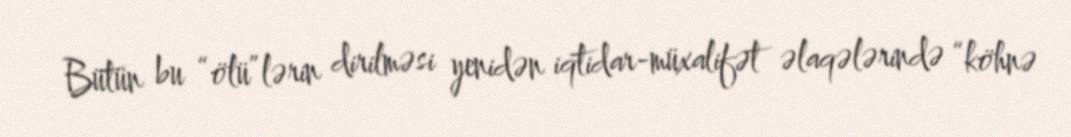
Bütün bu “ölü”lərin dirilməsi yenidən iqtidar-müxalifət əlaqələrində “köhnə